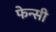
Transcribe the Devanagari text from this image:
फेन्सी